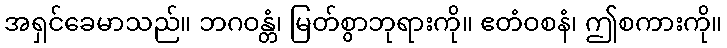
အရှင်ခေမာသည်။ ဘဂဝန္တံ၊ မြတ်စွာဘုရားကို။ ဧတံဝစနံ၊ ဤစကားကို။